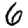
Digit: 6